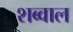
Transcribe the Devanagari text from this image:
शब्वाल